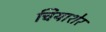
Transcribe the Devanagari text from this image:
चियाशेर